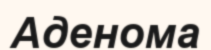
Аденома